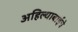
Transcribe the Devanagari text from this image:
अहिल्याबाईचे